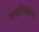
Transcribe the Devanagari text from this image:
साइप्रिपेडियम